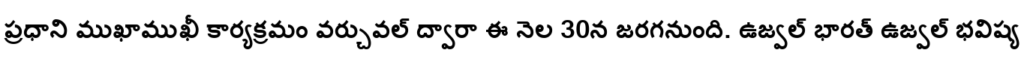
ప్రధాని ముఖాముఖీ కార్యక్రమం వర్చువల్ ద్వారా ఈ నెల 30న జరగనుంది. ఉజ్వల్ భారత్ ఉజ్వల్ భవిష్య